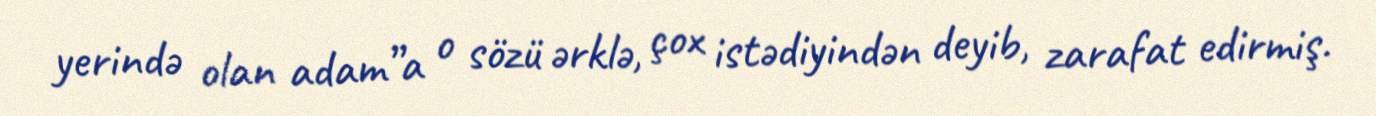
yerində olan adam”a o sözü ərklə, çox istədiyindən deyib, zarafat edirmiş.